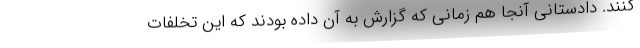
کنند. دادستانی آنجا هم زمانی که گزارش به آن داده بودند که این تخلفات